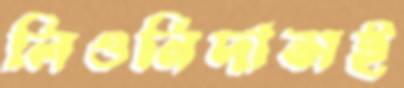
লিওনিদাসই